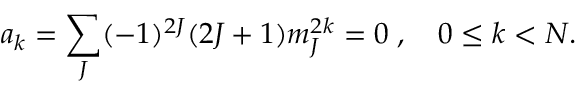
a _ { k } = \sum _ { J } ( - 1 ) ^ { 2 J } ( 2 J + 1 ) m _ { J } ^ { 2 k } = 0 \; , \quad 0 \leq k < N .